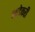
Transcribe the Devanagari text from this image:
आडेकरी